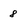
Character: 8